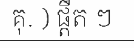
គុ. ) ផ្តឺត ៗ